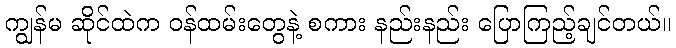
ကျွန်မ ဆိုင်ထဲက ဝန်ထမ်းတွေနဲ့ စကား နည်းနည်း ပြောကြည့်ချင်တယ်။